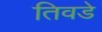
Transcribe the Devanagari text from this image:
तिवडे